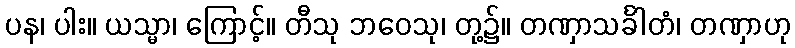
ပန၊ ပါး။ ယသ္မာ၊ ကြောင့်။ တီသု ဘဝေသု၊ တု့၌။ တဏှာသင်္ခါတံ၊ တဏှာဟု